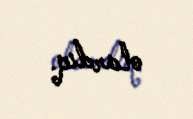
olardıq.